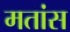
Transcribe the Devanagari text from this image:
मतांस